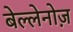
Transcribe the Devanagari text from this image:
बेल्लेनोज़